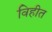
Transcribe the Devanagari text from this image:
विहीत